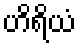
ဟိရိယံ